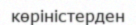
көріністерден